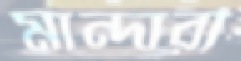
মান্দারী